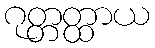
ဂုတ္တတ္ထာယ